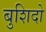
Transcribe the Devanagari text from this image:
बुशिदो